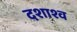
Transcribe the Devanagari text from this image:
दशाश्व